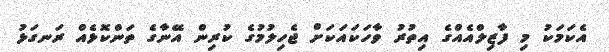
އެކަމަކު މި ފާޒިލްއެއްގެ އިތުރު ވާހަކައަކަށް ޖެހިލުމުގެ ކުރިން އޭނާގެ ތަންކޮޅެއް ރަނގަޅު